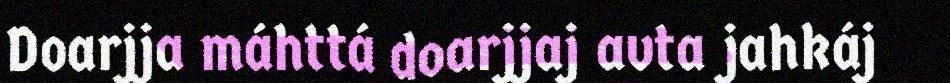
Doarjja máhttá doarjjaj avta jahkáj